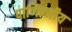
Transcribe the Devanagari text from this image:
पाणिन्नीय